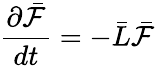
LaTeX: \frac{\partial\bar{\mathcal{F}}}{dt}=-\bar{L}\bar{\mathcal{F}}